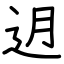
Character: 迌